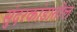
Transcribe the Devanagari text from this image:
सुंदरकांडातील